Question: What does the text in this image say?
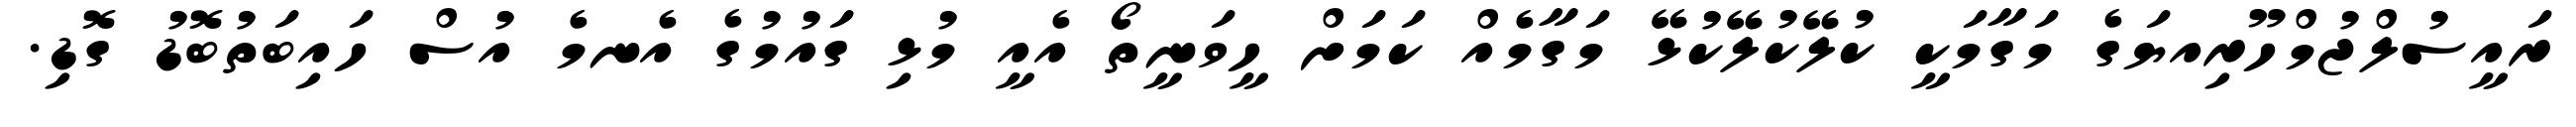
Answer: ރައީސުލްޖުމްހޫރިއޔަގެ މަގާމަކީ ކުލޭކުލޭކުޅޭ މަގާމެއް ކަމަށް ހީވަނީތޯ އެއީ މުޅި ގައުމުގެ އެނމެ އުސް ހައިބަތުބޮޑު ގޮޑި.